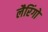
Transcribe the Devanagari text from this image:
लैरिंगो